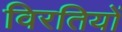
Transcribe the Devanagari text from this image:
विरतियों